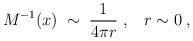
LaTeX: \begin{align*}M^{-1}(x) \;\sim \; \frac{1}{4\pi r} \;,\;\;\; r \sim 0\;,\end{align*}